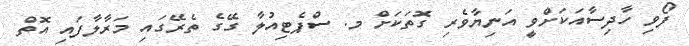
ފޯވި ހާދިސާއަކަށްވީ އަނިޔާވެރި ގޮތަކަށް މ. ސްޕެޓިއުލާ ގޭގެ ތެރޭގައި މަރާލާފައި އޮތް